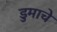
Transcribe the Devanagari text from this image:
डुमाचे